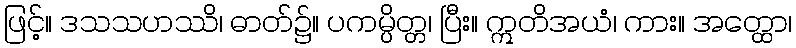
ဖြင့်။ ဒသသဟဿိ၊ ဓာတ်၌။ ပကမ္ပိတ္တ၊ ပြီး။ ဣတိအယံ၊ ကား။ အတ္ထော၊